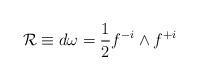
LaTeX: \begin{align*} {\cal R} \equiv d \omega = {1\over 2} f^{-i} \wedge f^{+i}\end{align*}